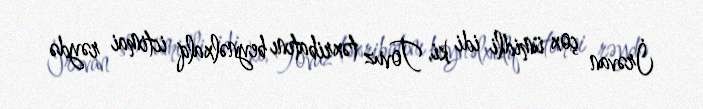
İrəvan çox ümidli idi ki, Tovuz təxribatını beynəlxalq ictimai rəydə